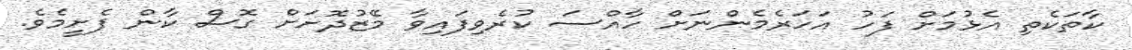
ކާތަކެތި އެޅުމަށް ފަހު އަހަރެމެންނަށް ހާއްސަ ކުރެވިފައިވާ މޭޒުދޮށަށް ގޮސް ކާން ފެށީމެވެ.